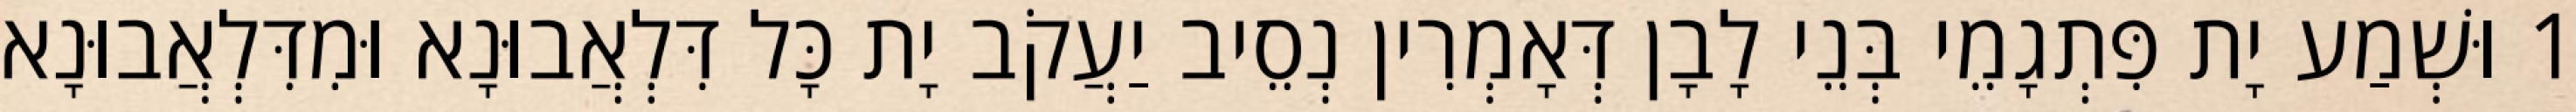
1 וּשְׁמַע יָת פִּתְגָמֵי בְּנֵי לָבָן דְּאָמְרִין נְסֵיב יַעֲקֹב יָת כָּל דִּלְאֲבוּנָא וּמִדִּלְאֲבוּנָא